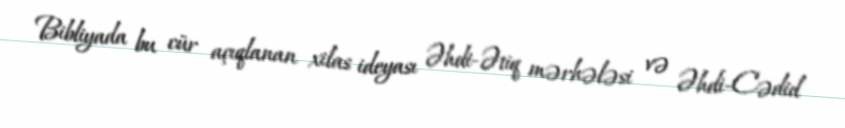
Bibliyada bu cür açıqlanan xilas ideyası Əhdi-Ətiq mərhələsi və Əhdi-Cədid